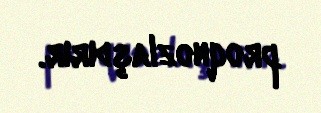
proqnozlaşdırır.